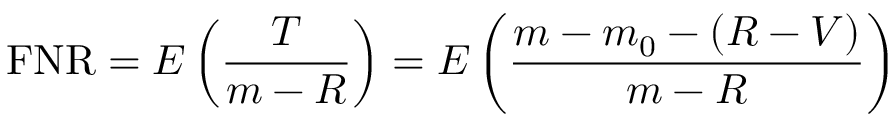
\mathrm { F N R } = E \left( { \frac { T } { m - R } } \right) = E \left( { \frac { m - m _ { 0 } - ( R - V ) } { m - R } } \right)